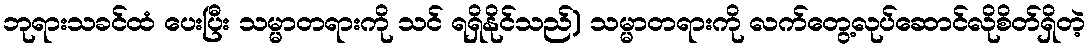
ဘုရားသခင်ထံ ပေးပြီး သမ္မာတရားကို သင် ရရှိနိုင်သည်) သမ္မာတရားကို လက်တွေ့လုပ်ဆောင်လိုစိတ်ရှိတဲ့